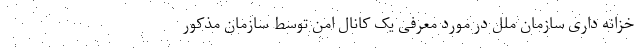
خزانه داری سازمان ملل در مورد معرفی یک کانال امن توسط سازمان مذکور